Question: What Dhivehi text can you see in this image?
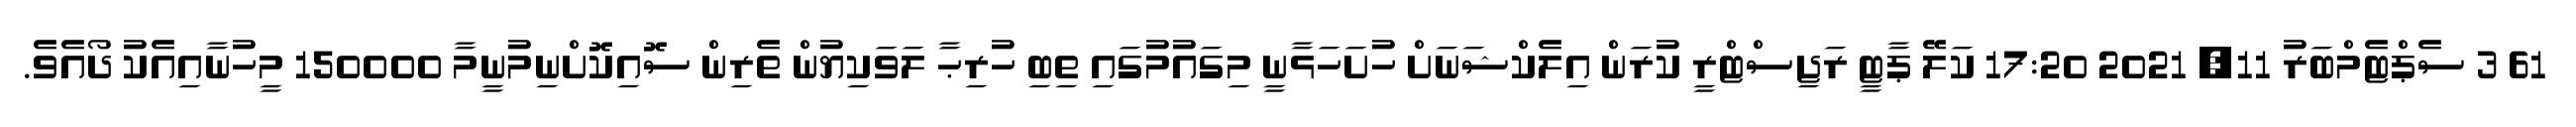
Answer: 61 3 ސެޕްޓެމްބަރު 11, 2021 17:20 ކަލޭ ޕާޓީ ރަޖިސްޓްރީ ކުރަން އިލެކްޝަނަށް ހުށަހަޅާނީ މިގައުމުގައި ތިބި ހުރިޙާ ލަވަކިޔުން ތެރިން ސޮއިކޮށްނިމުނީމާ 150000 މީހުނާއިއެކު ދޯއެވެ.